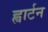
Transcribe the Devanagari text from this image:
ह्वार्टन